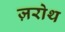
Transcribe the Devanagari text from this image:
ज़रोथ